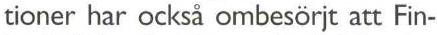
tioner har också ombesörjt att Fin-